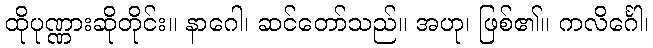
ထိုပုဏ္ဏားဆိုတိုင်း။ နာဂေါ၊ ဆင်တော်သည်။ အဟု၊ ဖြစ်၏။ ကလိင်္ဂေါ၊